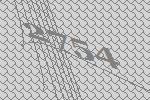
2754